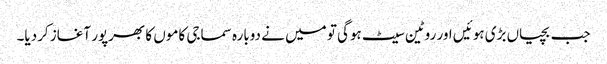
جب بچیاں بڑی ہوئیں اور روٹین سیٹ ہوگی تو میں نے دوبارہ سماجی کاموں کا بھرپور آغاز کردیا۔